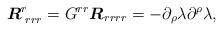
LaTeX: \begin{align*}\mbox{\boldmath{$R$}}^r_{\,\,rrr}= G^{rr}\mbox{\boldmath{$R$}}_{rrrr}=-\partial_\rho\lambda\partial^\rho\lambda,\end{align*}